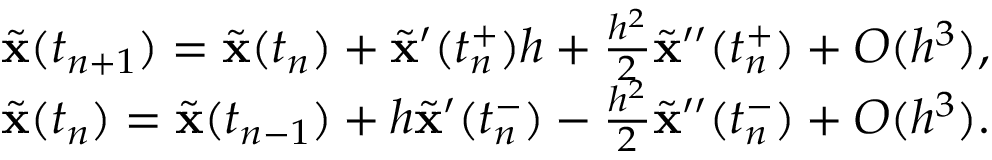
\begin{array} { r l } & { \widetilde \mathbf { x } ( t _ { n + 1 } ) = \widetilde \mathbf { x } ( t _ { n } ) + \widetilde \mathbf { x } ^ { \prime } ( t _ { n } ^ { + } ) h + \frac { h ^ { 2 } } { 2 } \widetilde \mathbf { x } ^ { \prime \prime } ( t _ { n } ^ { + } ) + O ( h ^ { 3 } ) , } \\ & { \widetilde \mathbf { x } ( t _ { n } ) = \widetilde \mathbf { x } ( t _ { n - 1 } ) + h \widetilde \mathbf { x } ^ { \prime } ( t _ { n } ^ { - } ) - \frac { h ^ { 2 } } { 2 } \widetilde \mathbf { x } ^ { \prime \prime } ( t _ { n } ^ { - } ) + O ( h ^ { 3 } ) . } \end{array}